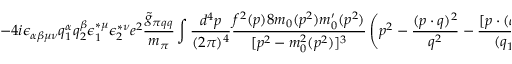
- 4 i \epsilon _ { \alpha \beta \mu \nu } q _ { 1 } ^ { \alpha } q _ { 2 } ^ { \beta } \epsilon _ { 1 } ^ { \ast \mu } \epsilon _ { 2 } ^ { \ast \nu } e ^ { 2 } \frac { \widetilde { g } _ { \pi q q } } { m _ { \pi } } \int \frac { d ^ { 4 } p } { ( 2 \pi ) ^ { 4 } } \frac { f ^ { 2 } ( p ) 8 m _ { 0 } ( p ^ { 2 } ) m _ { 0 } ^ { \prime } ( p ^ { 2 } ) } { [ p ^ { 2 } - m _ { 0 } ^ { 2 } ( p ^ { 2 } ) ] ^ { 3 } } \left( p ^ { 2 } - \frac { ( p \cdot q ) ^ { 2 } } { q ^ { 2 } } - \frac { [ p \cdot ( q _ { 1 } - q _ { 2 } ) ] ^ { 2 } } { ( q _ { 1 } - q _ { 2 } ) ^ { 2 } } \right) .